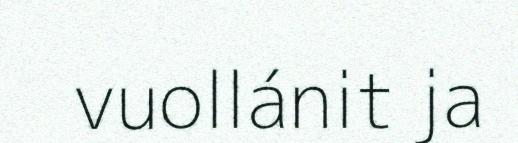
vuollánit ja